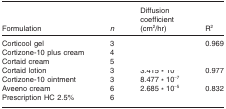
<table><thead><tr><td><b>Formulation</b></td><td><b><i>n</i></b></td><td><b>Diffusion coefficient (cm<sup>2</sup>/hr)</b></td><td><b>R<sup>2</sup></b></td></tr></thead><tbody><tr><td>Corticool gel</td><td>3</td><td>[EMPTY_CELL]</td><td>0.969</td></tr><tr><td>Cortizone-10 plus cream</td><td>4</td><td>[EMPTY_CELL]</td><td>[EMPTY_CELL]</td></tr><tr><td>Cortaid cream</td><td>5</td><td>[EMPTY_CELL]</td><td>[EMPTY_CELL]</td></tr><tr><td>Cortaid lotion</td><td>3</td><td>3.415 * 10<sup>−5</sup></td><td>0.977</td></tr><tr><td>Cortizone-10 ointment</td><td>3</td><td>8.477 * 10<sup>−7</sup></td><td>[EMPTY_CELL]</td></tr><tr><td>Aveeno cream</td><td>6</td><td>2.685 * 10<sup>−5</sup></td><td>0.832</td></tr><tr><td>Prescription HC 2.5%</td><td>6</td><td>[EMPTY_CELL]</td><td>[EMPTY_CELL]</td></tr></tbody></table>